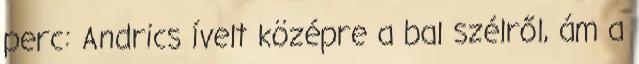
perc: Andrics ívelt középre a bal szélről, ám a